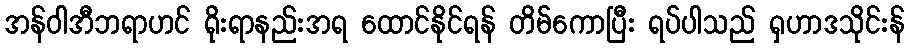
အန်ဝါအီဘရာဟင် ရိုးရာနည်းအရ ထောင်နိုင်ရန် တိမ်ကောပြီး ရပ်ပါသည် ရှဟာဒသိုင်းန်